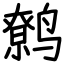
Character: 鹩